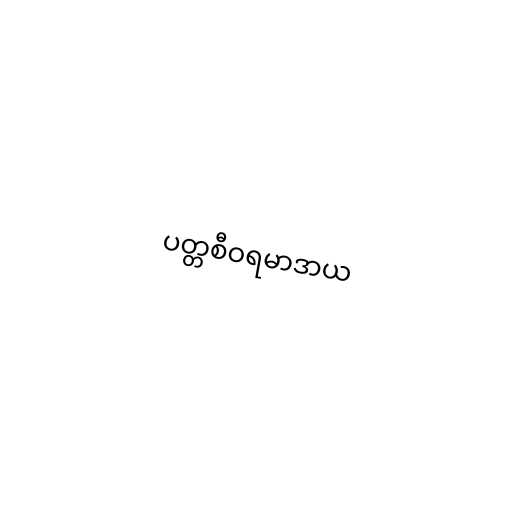
ပတ္တစီဝရမာဒာယ